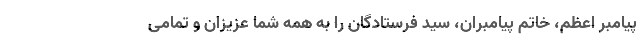
پیامبر اعظم، خاتم پیامبران، سید فرستادگان را به همه شما عزیزان و تمامی